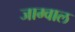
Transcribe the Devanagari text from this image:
जाम्वाल